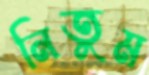
নিতুম